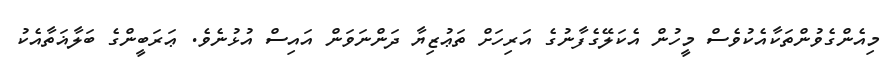
މިއެންގެވުންތަކާއެކުވެސް މީހުން އެކަލޭގެފާނުގެ އަރިހަށް ތަޢުޒިޔާ ދަންނަވަން އައިސް އުޅުނެވެ. ޢަރަބީންގެ ބަލާޣަތާއެކު